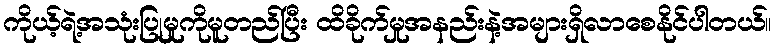
ကိုယ့်ရဲ့အသုံးပြုမှုကိုမူတည်ပြီး ထိခိုက်မှုအနည်းနဲ့အများရှိလာစေနိုင်ပါတယ်။